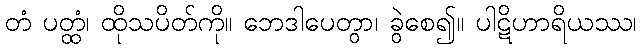
တံ ပတ္ထံ၊ ထိုသပိတ်ကို။ ဘေဒါပေတွာ၊ ခွဲစေ၍။ ပါဋိဟာရိယဿ၊